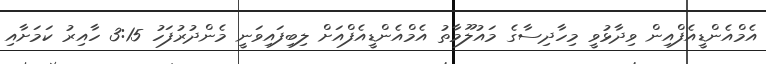
އެމްއެންޑީއެފްއިން ވިދާޅުވީ މިހާދިސާގެ މައުލޫމާތު އެމްއެންޑީއެފްއަށް ލިބިފައިވަނީ މެންދުރުފަހު 3:15 ހާއިރު ކަމަށާއި